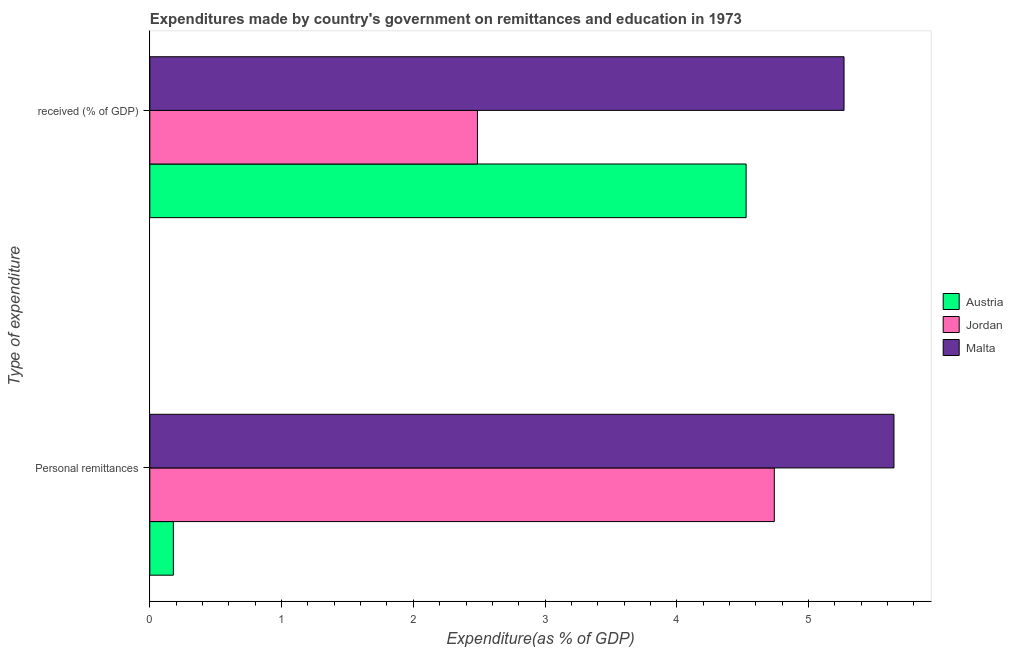
| Type of expenditure | Austria | Jordan | Malta |
 | --- | --- | --- | --- |
 | Personal remittances | 0.179 | 4.74 | 5.65 |
 |  received (% of GDP) | 4.53 | 2.49 | 5.27 |